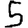
Digit: 5